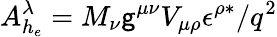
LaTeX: A_{h_{e}}^{\lambda}=M_{\nu}\mathsf{g}^{\mu\nu}V_{\mu\rho}\epsilon^{\rho\ast}/q^{2}